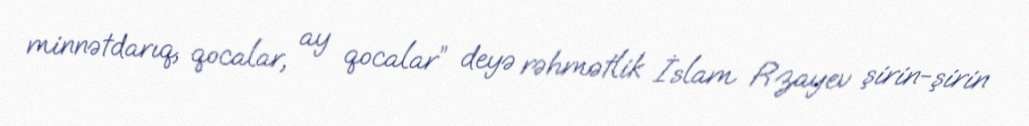
minnətdarıq, qocalar, ay qocalar” deyə rəhmətlik İslam Rzayev şirin-şirin